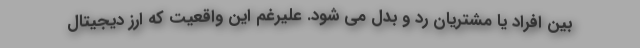
بین افراد یا مشتریان رد و بدل می شود. علیرغم این واقعیت که ارز دیجیتال